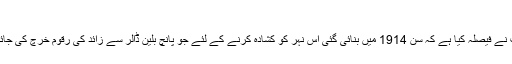
پاناما کینال کو نہ صرف چوڑا بلکہ مذید گہرا بھی بنایا جا رہا ہے
عالمی سطح پر جاری اقتصادی بحران کے دور میں پاناما کی حکومت نے فیصلہ کیا ہے کہ سن 1914 میں بنائی گئی اس نہر کو کشادہ کرنے کے لئے جو پانچ بلین ڈالر سے زائد کی رقوم خرچ کی جائیں گی، اُن کی دستیابی کو یقینی بنانا بھی کسی چیلنج سے کم نہیں ہے۔